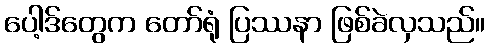
ပေါ့ဒ်တွေက တော်ရုံ ပြဿနာ ဖြစ်ခဲလှသည်။